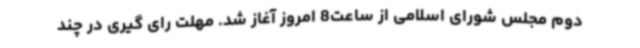
دوم مجلس شورای اسلامی از ساعت8 امروز آغاز شد. مهلت رای گیری در چند